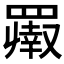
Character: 𬙨